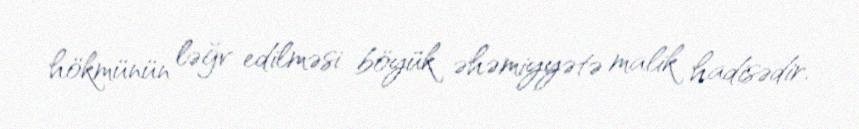
hökmünün ləğv edilməsi böyük əhəmiyyətə malik hadisədir.